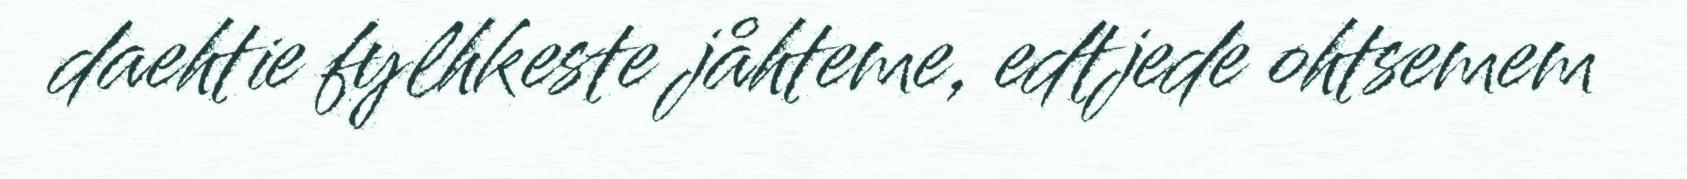
daehtie fylhkeste jåhteme, edtjede ohtsemem